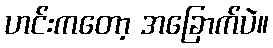
ဟင်းကတော့ အခြောက်ပဲ။